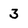
Character: 3